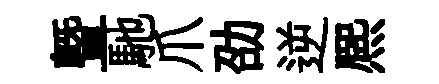
曁馳爪劭逆熈